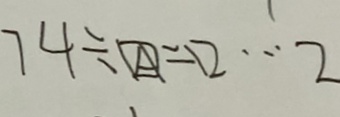
7 4 \div \boxed { A } = \square \cdots 2